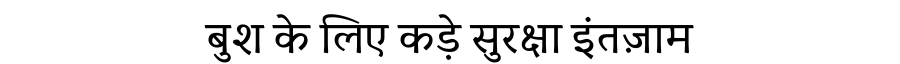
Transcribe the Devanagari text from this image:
बुश के लिए कड़े सुरक्षा इंतज़ाम